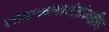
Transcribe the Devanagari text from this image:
लोककलावंतांकडील